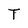
Character: T